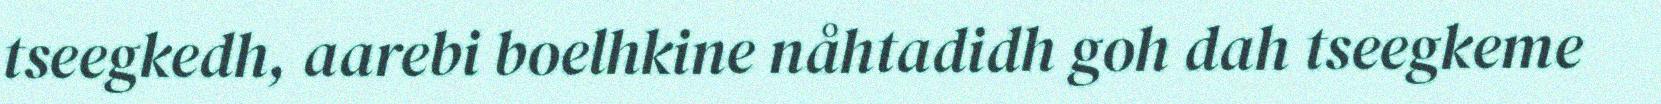
tseegkedh, aarebi boelhkine nåhtadidh goh dah tseegkeme